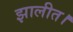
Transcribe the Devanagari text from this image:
झालीत।